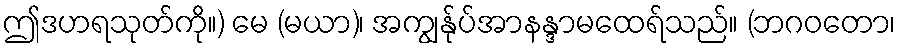
ဤဒဟရသုတ်ကို။) မေ (မယာ)၊ အကျွန်ုပ်အာနန္ဒာမထေရ်သည်။ (ဘဂဝတော၊